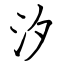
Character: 汐